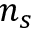
n _ { s }